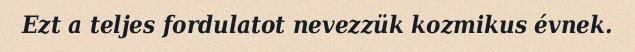
Ezt a teljes fordulatot nevezzük kozmikus évnek.